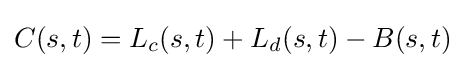
C(s,t)=L_{c}(s,t)+L_{d}(s,t)-B(s,t)